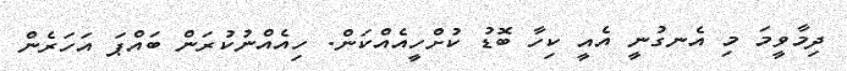
ދިމާވީމަ މި އެނގުނީ އެއީ ކިހާ ބޮޑު ކުށްހީއެއްކަން. ހިއެއްނުކުރަން ބައްޕަ އަހަރެން